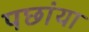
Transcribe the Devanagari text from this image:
पछांया